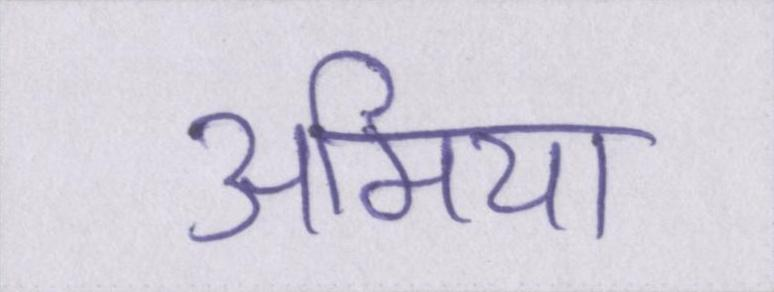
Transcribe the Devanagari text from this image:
अमिया